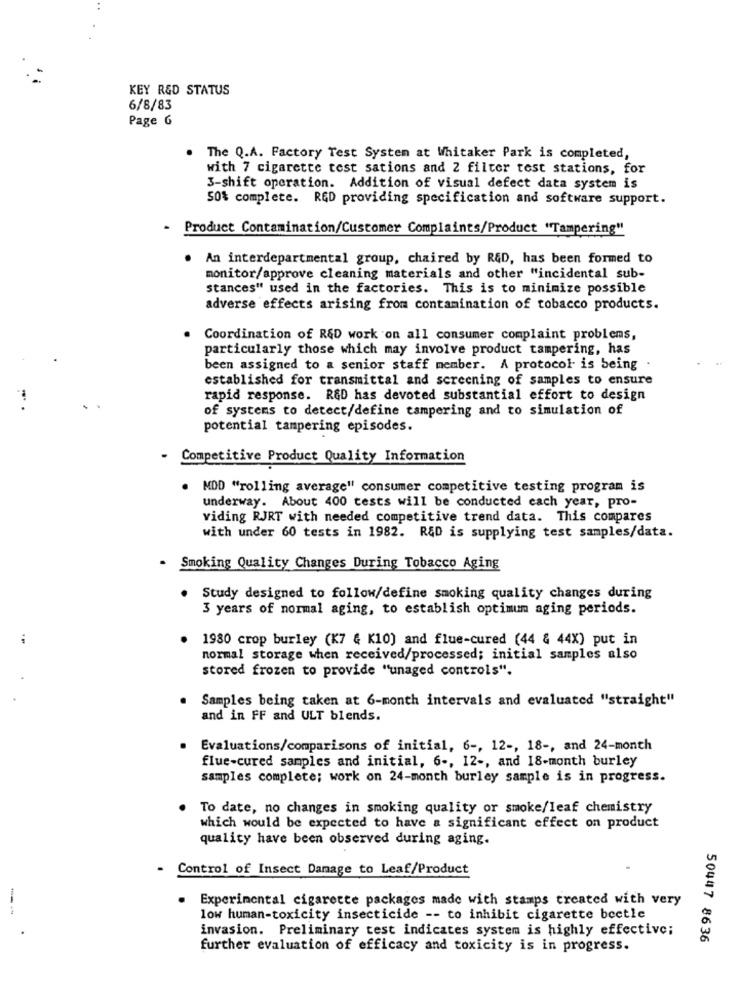
KEY R&D STATUS
6/8/83
Page 6
The Q.A. Factory Test System at Whitaker Park is completed,
with 7 cigarette test sations and 2 filter test stations, for
3-shift operation. Addition of visual defect data system is
50% complete. RED providing specification and software support.
- Product Contamination/Customer Complaints/Product "Tampering"
An interdepartmental group, chaired by R&D, has been formed to
monitor/approve cleaning materials and other "incidental sub-
Stances" used in the factories. This is to minimize possible
adverse effects arising from contamination of tobacco products.
Coordination of R&D work on all consumer complaint problems,
particularly those which may involve product tampering, has
been assigned to a senior staff member. A protocol is being .
established for transmittal and screening of samples to ensure
rapid response. R&D has devoted substantial effort to design
of systems to detect/define tampering and to simulation of
potential tampering episodes.
- Competitive Product Quality Information
. MDD "rolling average" consumer competitive testing program is
underway. About 400 tests will be conducted each year, pro-
viding RJRT with needed competitive trend data. This compares
with under 60 tests in 1982. R&D is supplying test samples/data.
- Smoking Quality Changes During Tobacco Aging
Study designed to follow/define smoking quality changes during
3 years of normal aging, to establish optimum aging periods.
1980 crop burley (K7 & K10) and flue-cured (44 & 44X) put in
normal storage when received/processed; initial samples also
stored frozen to provide "unaged controls".
Samples being taken at 6-month intervals and evaluated "straight"
and in FF and ULT blends.
Evaluations/comparisons of initial, 6 -, 12 -, 18 -, and 24-month
flue-cured samples and initial, 6 -, 12 -, and 18-month burley
samples complete; work on 24-month burley sample is in progress.
To date, no changes in smoking quality or smoke/leaf chemistry
which would be expected to have a significant effect on product
quality have been observed during aging.
- Control of Insect Damage to Leaf/Product
.
Experimental cigarette packages made with stamps treated with very
--
low human-toxicity insecticide -- to inhibit cigarette beetle
invasion. Preliminary test indicates system is highly effective;
50447 8636
further evaluation of efficacy and toxicity is in progress.